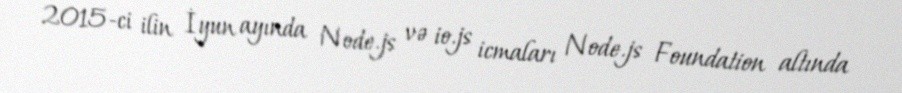
2015-ci ilin İyun ayında Node.js və io.js icmaları Node.js Foundation altında